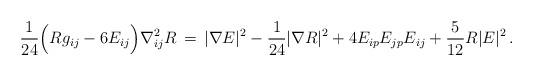
LaTeX: \begin{align*}\frac{1}{24} \Big( R g_{ij} - 6 E_{ij} \Big) \nabla^{2}_{ij} R \,=\, |\nabla E|^{2} - \frac{1}{24}|\nabla R|^{2} + 4 E_{ip} E_{jp}E_{ij} +\frac{5}{12} R |E|^{2} \,.\end{align*}